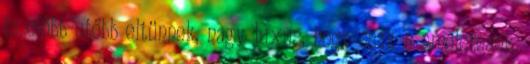
is előbb-utőbb eltünnek, nagy luxus, hogy csak 5 emeletesek.